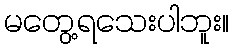
မတွေ့ရသေးပါဘူး။